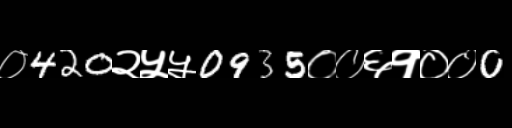
Text: ०420२५५0935००६१००0